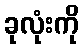
ခုလုံးကို